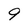
Character: 9